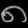
Digit: ၈